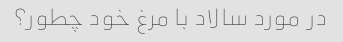
در مورد سالاد با مرغ خود چطور؟